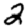
Digit: 2